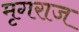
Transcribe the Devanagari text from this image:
मृगराज